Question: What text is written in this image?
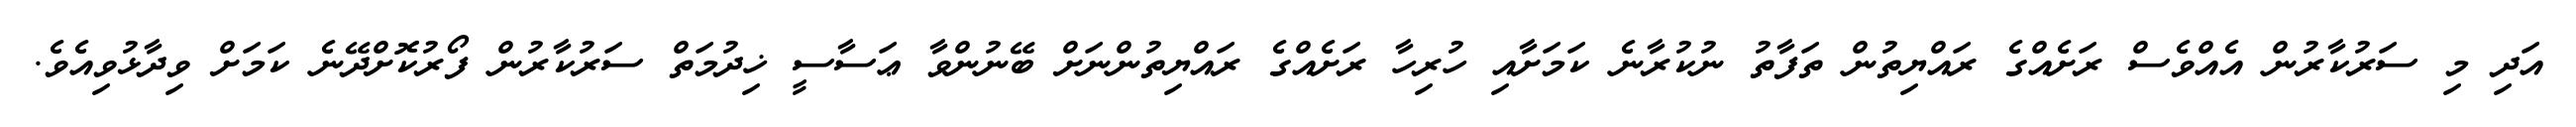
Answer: އަދި މި ސަރުކާރުން އެއްވެސް ރަށެއްގެ ރައްޔިތުން ތަފާތު ނުކުރާނެ ކަމަށާއި ހުރިހާ ރަށެއްގެ ރައްޔިތުންނަށް ބޭނުންވާ ޢަސާސީ ޚިދުމަތް ސަރުކާރުން ފޯރުކޮށްދޭނެ ކަމަށް ވިދާޅުވިއެވެ.